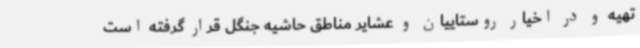
تهیه و در اخیار روستاییان و عشایر مناطق حاشیه جنگل قرار گرفته است